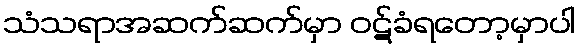
သံသရာအဆက်ဆက်မှာ ဝဋ်ခံရတော့မှာပါ